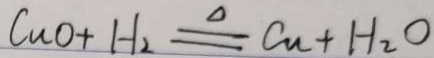
C u O + H _ { 2 } \xlongequal { \Delta } C u + H _ { 2 } O